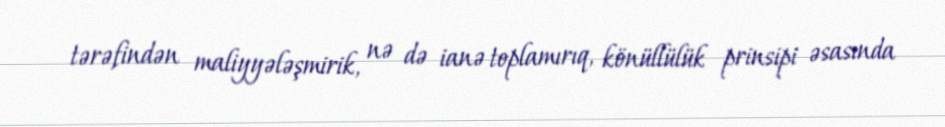
tərəfindən maliyyələşmirik, nə də ianə toplamırıq, könüllülük prinsipi əsasında